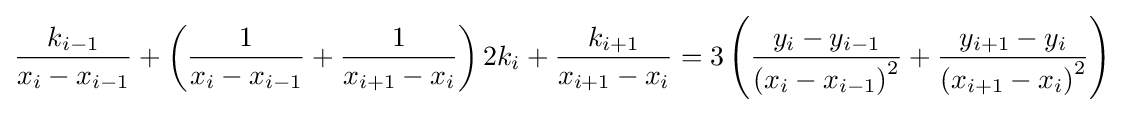
{\frac {k_{i-1}}{x_{i}-x_{i-1}}}+\left({\frac {1}{x_{i}-x_{i-1}}}+{\frac {1}{x_{i+1}-x_{i}}}\right)2k_{i}+{\frac {k_{i+1}}{x_{i+1}-x_{i}}}=3\left({\frac {y_{i}-y_{i-1}}{{(x_{i}-x_{i-1})}^{2}}}+{\frac {y_{i+1}-y_{i}}{{(x_{i+1}-x_{i})}^{2}}}\right)